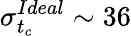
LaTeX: \sigma_{t_{c}}^{Ideal}\sim 36